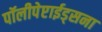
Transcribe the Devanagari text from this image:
पॉलीपेप्टाईड्सना